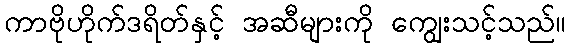
ကာဗိုဟိုက်ဒရိတ်နှင့် အဆီများကို ကျွေးသင့်သည်။